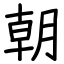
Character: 朝